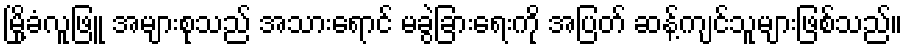
မြို့ခံလူဖြူ အများစုသည် အသားရောင် မခွဲခြားရေးကို အပြတ် ဆန့်ကျင်သူများဖြစ်သည်။